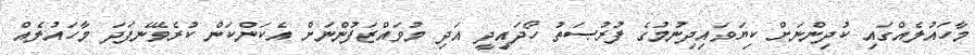
މާހައުލެއްގައި ކުދިންނަށް ކިޔަވައިދިނުމުގެ ފުރުޞަތު ހޯދައިދީ އަދި މުވައްޒަފުންނަށް އެކަންކަން ކުރެވޭނެފަދަ މާހައުލެއް